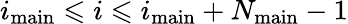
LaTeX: i_{\mathrm{main}}\leqslant i\leqslant i_{\mathrm{main}}+N_{\mathrm{main}}-1